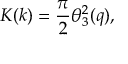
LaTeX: K ( k ) = { \frac { \pi } { 2 } } \theta _ { 3 } ^ { 2 } ( q ) ,